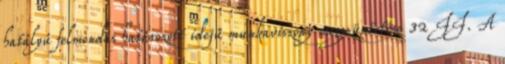
hatályú felmondás határozott idejű munkaviszony megszüntetése 32 II. A